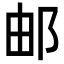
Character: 邮